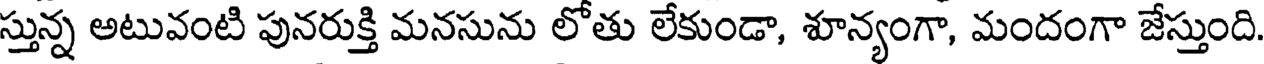
స్తున్న అటువంటి పునరుక్తి మనసును లోతు లేకుండా, శూన్యంగా, మందంగా జేస్తుంది